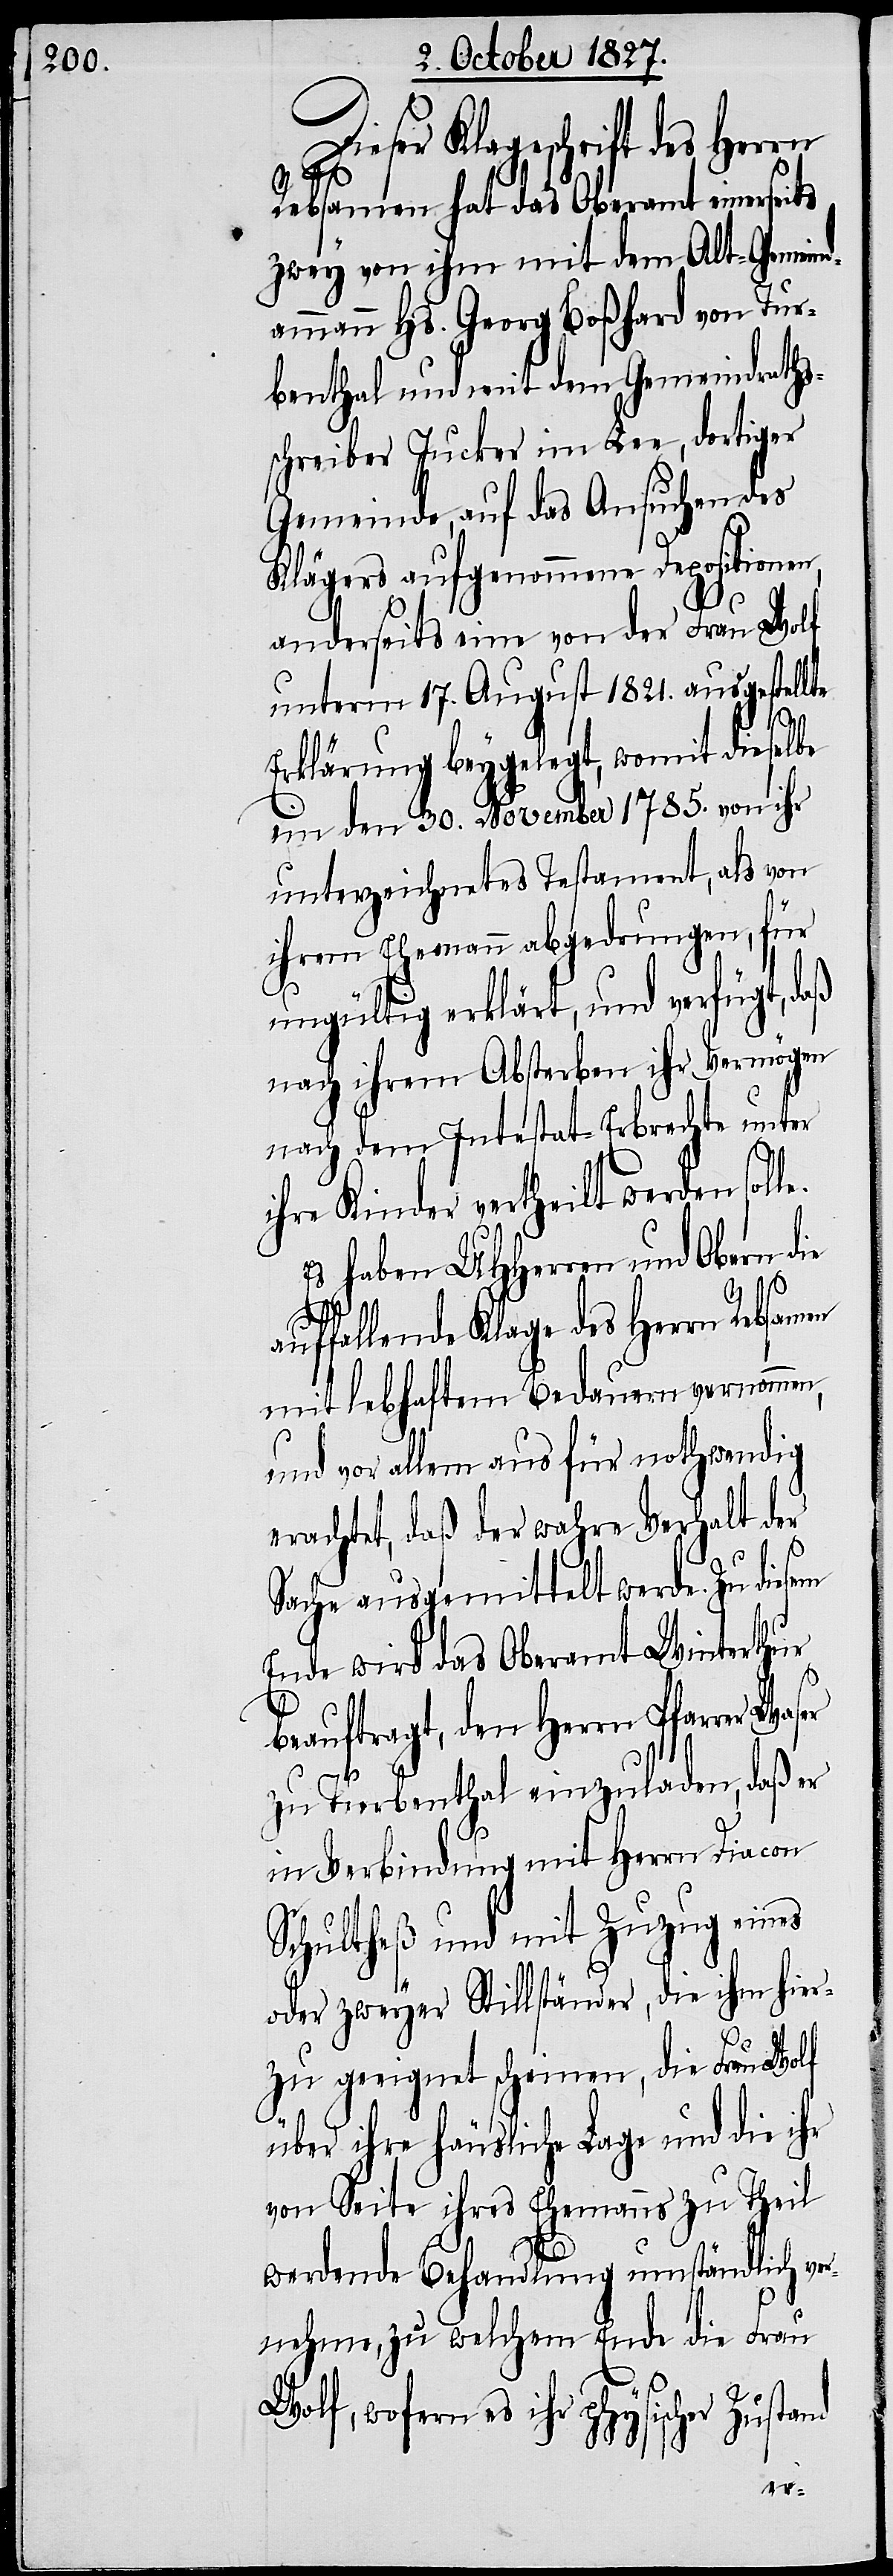
Dieser Klageschrift des Herrn
Rebsamen hat das Oberamt einers¬
zwey von ihm mit dem Alt-Gemeind¬
ammann Hs. Georg Boßhard von Tur¬
benthal und mit dem Gemeindraths¬
schreiber Jucker im Lee, dortiger
Gemeinde, auf das Ansuchen des
Klägers aufgenommene Depositionen,
anderseits eine von der Frau Wolf
unterm 17. August 1821. ausgestellte
Erklärung beygelegt, womit dieselbe
ein den 30. November 1785. von ihr
unterzeichnetes Testament, als von
ihrem Ehemann abgedrungen, für
ungültig erklärt, und verfügt, daß
nach ihrem Absterben ihr Vermögen
nach dem Intestat-Erbrechte unter
ihre Kinder vertheilt werden soll¬
Es haben UHHerren und Obern die
uffallende Klage des Herrn Rebsam¬
mit lebhaftem Bedauern vernommen,
und vor allem aus für nothwendig
erachtet, daß der wahre Verhalt der
Sache ausgemittelt werde. Zu diesem
Ende wird das Oberamt Winterthur
beauftragt, den Herrn Pfarrer
zu Turbenthal einzuladen, daß er
in Verbindung mit Herrn Diacon
Schultheß und mit Zuzug eines
oder zweyer Stillständer, die ihm hier¬
zu geeignet scheinen, die Frau Wolf
über ihre häusliche Lage und die ihr
von Seite ihres Ehemannes zu Theil
werdende Behandlung umständlich ve¬
rnehme, zu welchem Ende die Frau
Wolf, wofern es ihr psychischer
en